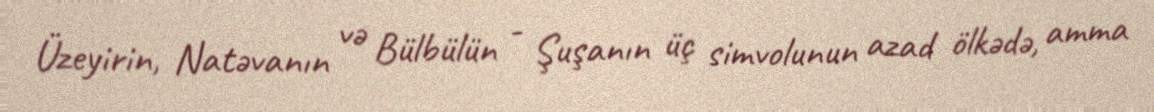
Üzeyirin, Natəvanın və Bülbülün - Şuşanın üç simvolunun azad ölkədə, amma